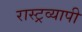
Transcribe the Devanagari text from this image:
रास्ट्रव्यापी